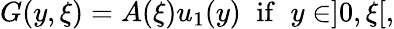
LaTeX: G(y,\xi)=A(\xi)u_{1}(y)\; \; \mathrm{if}\; \; y\in]0,\xi[,